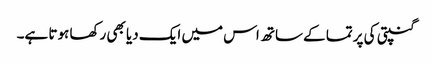
گنپتی کی پرتما کے ساتھ اس میں ایک دیا بھی رکھا ہوتا ہے۔